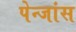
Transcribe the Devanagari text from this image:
पेन्जांस